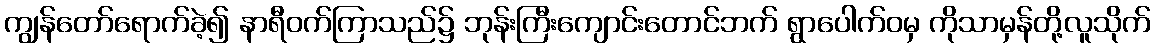
ကျွန်တော်ရောက်ခဲ့၍ နာရီဝက်ကြာသည်၌ ဘုန်းကြီးကျောင်းတောင်ဘက် ရွာပေါက်ဝမှ ကိုသာမှန်တို့လူသိုက်